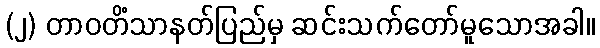
(၂) တာဝတိံသာနတ်ပြည်မှ ဆင်းသက်တော်မူသောအခါ။